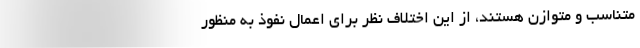
متناسب و متوازن هستند، از این اختلاف نظر برای اعمال نفوذ به منظور